Lunatic asylums Central Provinces reports 1874-1885 - 1874-1885
Year: 1874
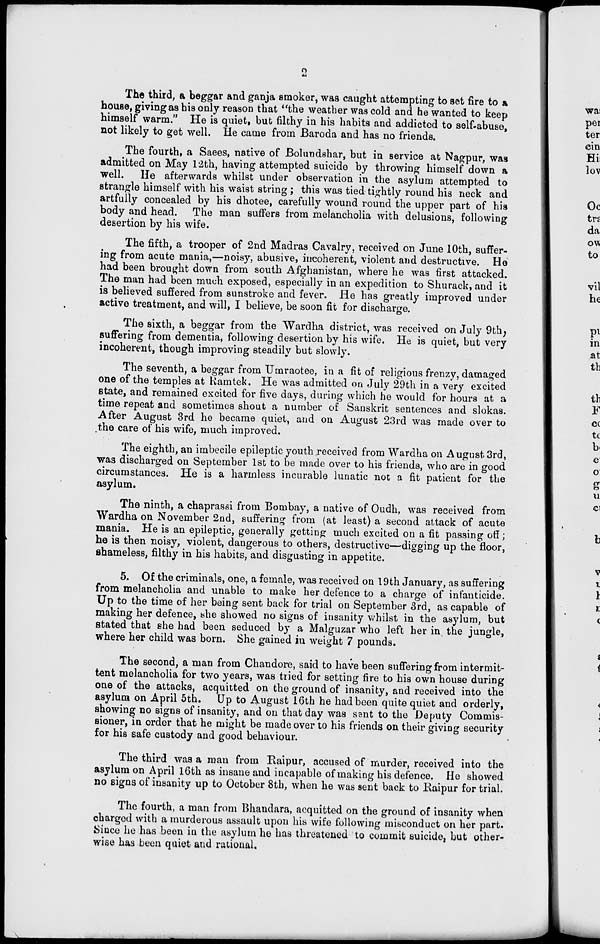
2
The third, a beggar and ganja smoker, was caught attempting to set fire to a
house, giving as his only reason that "the weather was cold and he wanted to keep
himself warm." He is quiet, but filthy in his habits and addicted to self-abuse,
not likely to get well. He came from Baroda and has no friends.
The fourth, a Saees, native of Bolundshar, but in service at Nagpur, was
admitted on May 12th, having attempted suicide by throwing himself down a
well. He afterwards whilst under observation in the asylum attempted to
strangle himself with his waist string ; this was tied tightly round his neck and
artfully concealed by his dhotee, carefully wound round the upper part of his
body and head. The man suffers from melancholia with delusions, following
desertion by his wife.
The fifth, a trooper of 2nd Madras Cavalry, received on June 10th, suffer-
ing from acute mania,—noisy, abusive, incoherent, violent and destructive. He
had been brought down from south Afghanistan, where he was first attacked.
The man had been much exposed, especially in an expedition to Shurack, and it
is believed suffered from sunstroke and fever. He has greatly improved under
active treatment, and will, I believe, be soon fit for discharge.
The sixth, a beggar from the Wardha district, was received on July 9th,
suffering from dementia, following desertion by his wife. He is quiet, but very
incoherent, though improving steadily but slowly.
The seventh, a beggar from Umraotee, in a fit of religious frenzy, damaged
one of the temples at Ramtek. He was admitted on July 29th in a very excited
state, and remained excited for five days, during which he would for hours at a
time repeat and sometimes shout a number of Sanskrit sentences and slokas.
After August 3rd he became quiet, and on August 23rd was made over to
the care of his wife, much improved.
The eighth, an imbecile epileptic youth received from Wardha on August 3rd,
was discharged on September 1st to be made over to his friends, who are in good
circumstances. He is a harmless incurable lunatic not a fit patient for the
asylum.
The ninth, a chaprassi from Bombay, a native of Oudh, was received from
Wardha on November 2nd, suffering from (at least) a second attack of acute
mania. He is an epileptic, generally getting much excited on a fit passing off ;
he is then noisy, violent, dangerous to others, destructive—digging up the floor,
shameless, filthy in his habits, and disgusting in appetite.
5. Of the criminals, one, a female, was received on 19th January, as suffering
from melancholia and unable to make her defence to a charge of infanticide.
Up to the time of her being sent back for trial on September 3rd, as capable of
making her defence, she showed no signs of insanity whilst in the asylum, but
stated that she had been seduced by a Malguzar who left her in the jungle,
where her child was born. She gained in weight 7 pounds.
The second, a man from Chandore, said to have been suffering from intermit-
tent melancholia for two years, was tried for setting fire to his own house during
one of the attacks, acquitted on the ground of insanity, and received into the
asylum on April 5th. Up to August 16th he had been quite quiet and orderly,
showing no signs of insanity, and on that day was sent to the Deputy Commis-
sioner, in order that he might be made over to his friends on their giving security
for his safe custody and good behaviour.
The third was a man from Raipur, accused of murder, received into the
asylum on April 16th as insane and incapable of making his defence. He showed
no signs of insanity up to October 8th, when he was sent back to Raipur for trial.
The fourth, a man from Bhandara, acquitted on the ground of insanity when
charged with a murderous assault upon his wife following misconduct on her part.
Since he has been in the asylum he has threatened to commit suicide, but other-
wise has been quiet and rational.